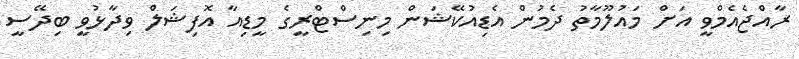
ރާއްޖެއެމްވީ އަށް މައުލޫމާތު ދެމުން އެޑިއުކޭޝަން މިނިސްޓްރީގެ މީޑިއާ އޮފިޝަލް ވިދާޅުވީ ބިދޭސީ